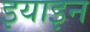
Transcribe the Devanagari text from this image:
इयाइन